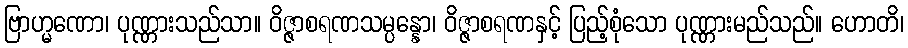
ဗြာဟ္မဏော၊ ပုဏ္ဏားသည်သာ။ ဝိဇ္ဇာစရဏသမ္ပန္နော၊ ဝိဇ္ဇာစရဏနှင့် ပြည့်စုံသော ပုဏ္ဏားမည်သည်။ ဟောတိ၊